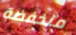
منخفضة